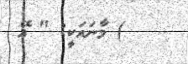
) މާނައަކީ: " އޭ